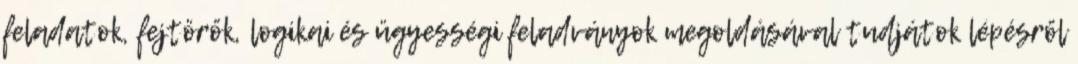
feladatok, fejtörők, logikai és ügyességi feladványok megoldásával tudjátok lépésről